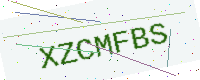
Text: XZCMFBS